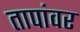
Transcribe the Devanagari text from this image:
तापांवर